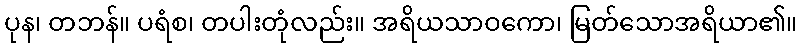
ပုန၊ တဘန်။ ပရံစ၊ တပါးတုံလည်း။ အရိယသာဝကော၊ မြတ်သောအရိယာ၏။